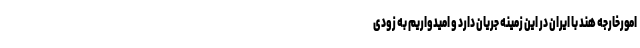
امورخارجه هند با ایران در این زمینه جریان دارد و امیدواریم به زودی